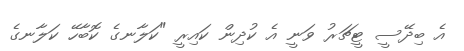
އެ ބިދޭސީ ޓީޗަރު ވަނީ އެ ކުދިން ކައިރީ "ކަލާނގެ ކޮބާހޭ ކަލާނގެ